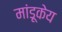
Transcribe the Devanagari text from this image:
मांडूकेय